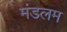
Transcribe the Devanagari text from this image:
मंडलम